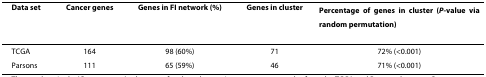
<table><thead><tr><td><b>Data set</b></td><td><b>Cancer genes</b></td><td><b>Genes in FI network (%)</b></td><td><b>Genes in cluster</b></td><td><b>Percentage of genes in cluster (<i>P</i>-value via random permutation)</b></td></tr></thead><tbody><tr><td>TCGA</td><td>164</td><td>98 (60%)</td><td>71</td><td>72% (&lt;0.001)</td></tr><tr><td>Parsons</td><td>111</td><td>65 (59%)</td><td>46</td><td>71% (&lt;0.001)</td></tr></tbody></table>